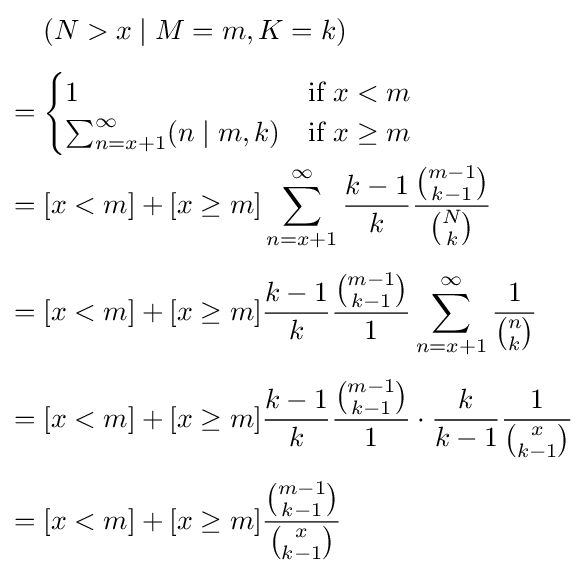
{\begin{aligned}&(N>x\mid M=m,K=k)\\[4pt]={}&{\begin{cases}1&{\text{if }}x<m\\\sum _{n=x+1}^{\infty }(n\mid m,k)&{\text{if }}x\geq m\end{cases}}\\={}&[x<m]+[x\geq m]\sum _{n=x+1}^{\infty }{\frac {k-1}{k}}{\frac {\binom {m-1}{k-1}}{\binom {N}{k}}}\\[4pt]={}&[x<m]+[x\geq m]{\frac {k-1}{k}}{\frac {\binom {m-1}{k-1}}{1}}\sum _{n=x+1}^{\infty }{\frac {1}{\binom {n}{k}}}\\[4pt]={}&[x<m]+[x\geq m]{\frac {k-1}{k}}{\frac {\binom {m-1}{k-1}}{1}}\cdot {\frac {k}{k-1}}{\frac {1}{\binom {x}{k-1}}}\\[4pt]={}&[x<m]+[x\geq m]{\frac {\binom {m-1}{k-1}}{\binom {x}{k-1}}}\end{aligned}}